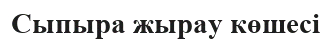
Сыпыра жырау көшесі